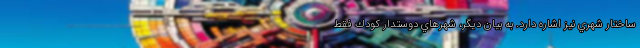
ساختار شهري نيز اشاره دارد. به بيان ديگر، شهرهاي دوستدار كودك فقط